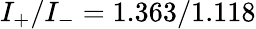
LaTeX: I_{+}/I_{-}=1.363/1.118